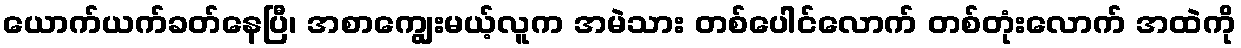
ယောက်ယက်ခတ်နေပြီ၊ အစာကျွေးမယ့်လူက အမဲသား တစ်ပေါင်လောက် တစ်တုံးလောက် အထဲကို